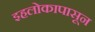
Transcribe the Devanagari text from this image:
इहलोकापासून